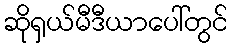
ဆိုရှယ်မီဒီယာပေါ်တွင်